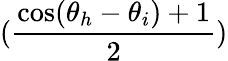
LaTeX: (\frac{\cos(\theta_{h}-\theta_{i})+1}{2})